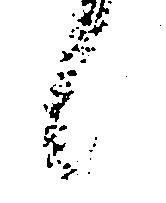
候